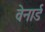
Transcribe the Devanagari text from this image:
वेनार्ड